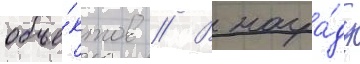
объе́ктов // В награ́ду